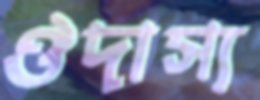
ঔদাস্য